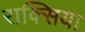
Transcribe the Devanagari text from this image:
राक्सिया